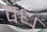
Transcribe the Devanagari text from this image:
वंध